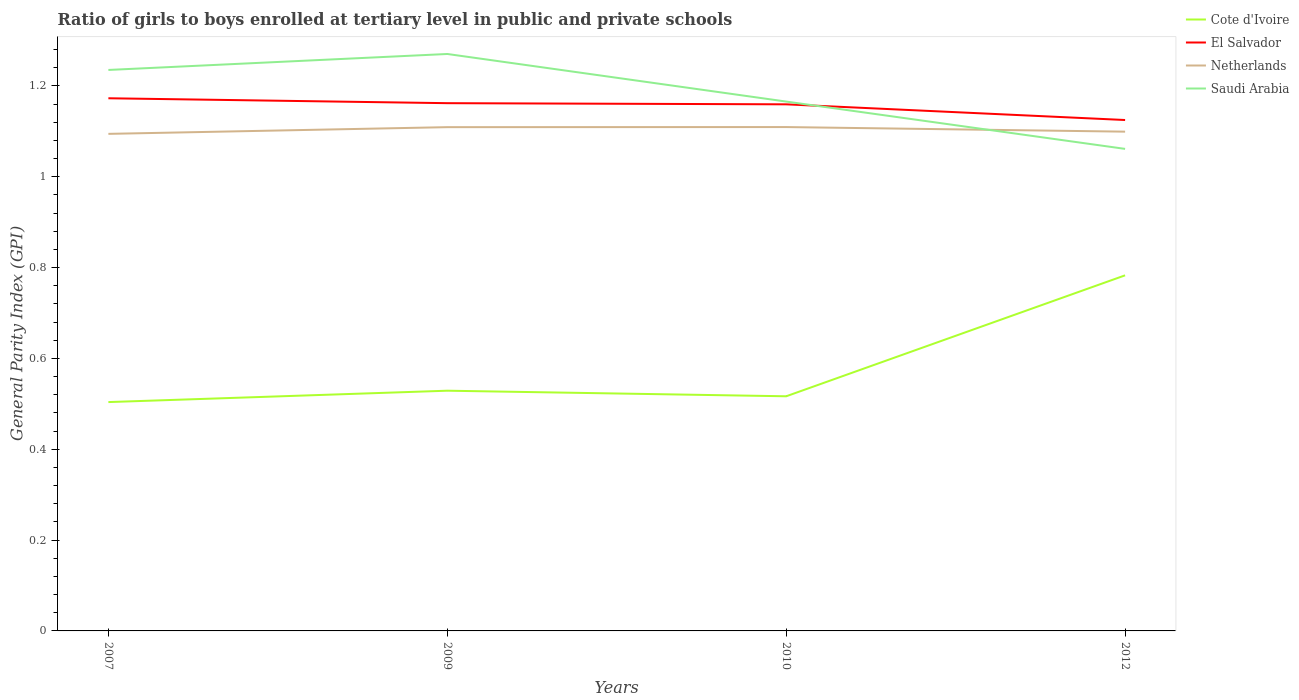
| Years | Cote d'Ivoire | El Salvador | Netherlands | Saudi Arabia |
 | --- | --- | --- | --- | --- |
 | 2007 | 0.504 | 1.17 | 1.09 | 1.24 |
 | 2009 | 0.529 | 1.16 | 1.11 | 1.27 |
 | 2010 | 0.517 | 1.16 | 1.11 | 1.17 |
 | 2012 | 0.783 | 1.13 | 1.1 | 1.06 |